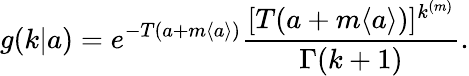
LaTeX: g(k|a)=e^{-T(a+m\langle a\rangle)}\frac{[T(a+m\langle a\rangle)]^{k^{(m)}}}{\Gamma(k+1)}.